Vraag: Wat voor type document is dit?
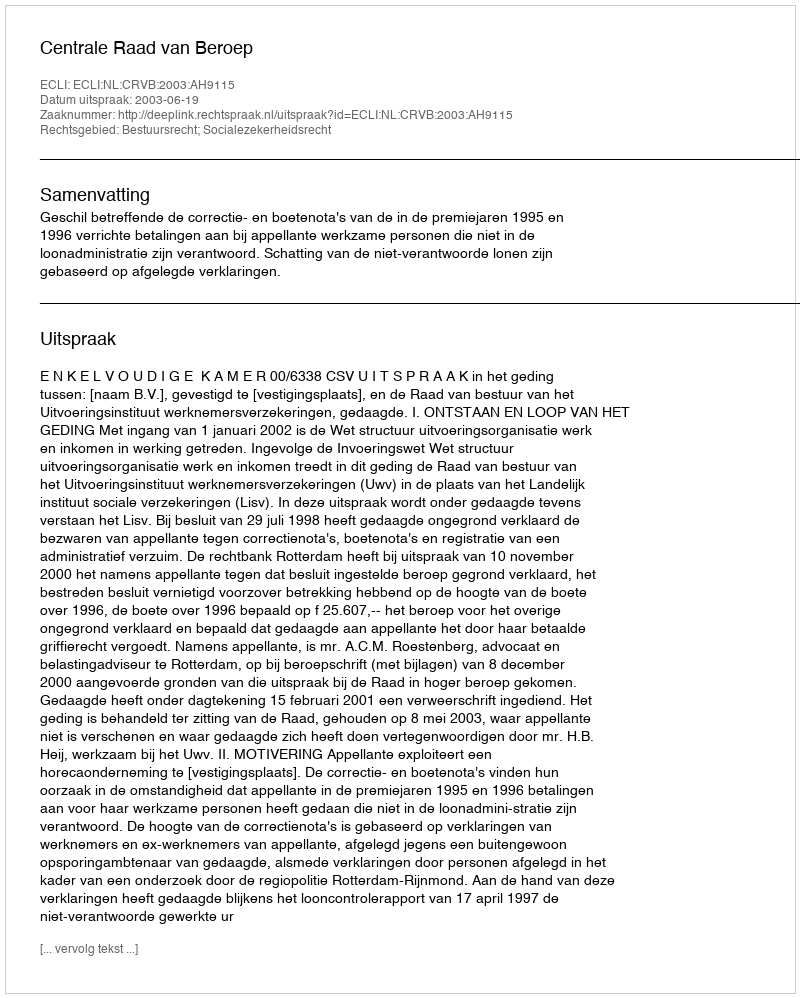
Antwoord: Uitspraak